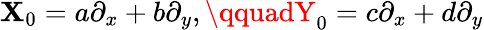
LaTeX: \mathbf{X}_{0}=a\partial_{x}+b\partial_{y},\qquadY_{0}=c\partial_{x}+d\partial_{y}